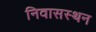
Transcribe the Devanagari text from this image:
निवासस्थन